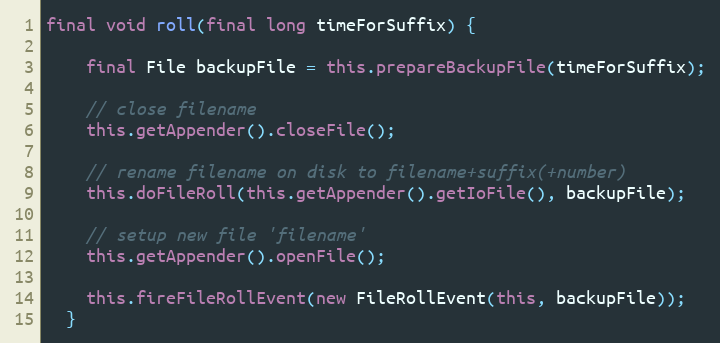
Language: Java
final void roll(final long timeForSuffix) {

    final File backupFile = this.prepareBackupFile(timeForSuffix);

    // close filename
    this.getAppender().closeFile();

    // rename filename on disk to filename+suffix(+number)
    this.doFileRoll(this.getAppender().getIoFile(), backupFile);

    // setup new file 'filename'
    this.getAppender().openFile();

    this.fireFileRollEvent(new FileRollEvent(this, backupFile));
  }